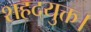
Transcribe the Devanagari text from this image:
शहदयुक्त।